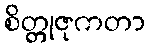
စိတ္တုဇုကတာ